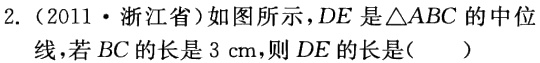
2.（2011·浙江省）如图所示，$DE$是$\triangle ABC$的中位线，若$BC$的长是$3\mathrm{\ cm}$，则$DE$的长是(  )